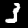
Label: 3